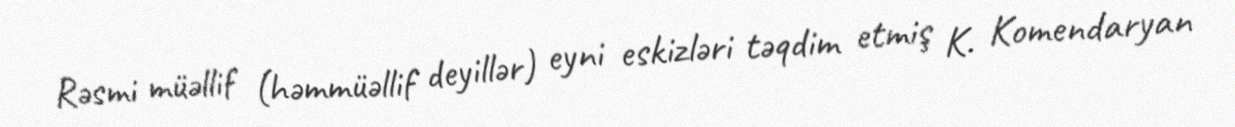
Rəsmi müəllif (həmmüəllif deyillər) eyni eskizləri təqdim etmiş K. Komendaryan